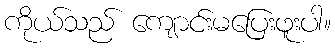
ကိုယ်သည် ကျောင်းမပြေးဖူးပါ။